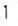
1